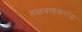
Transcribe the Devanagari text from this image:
तळवलकरांना